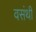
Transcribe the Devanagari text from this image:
वसंथी